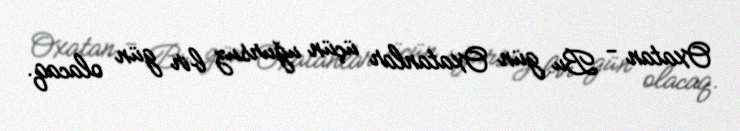
Oxatan - Bu gün Oxatanlar üçün uğursuz bir gün olacaq.